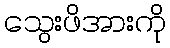
သွေးဖိအားကို